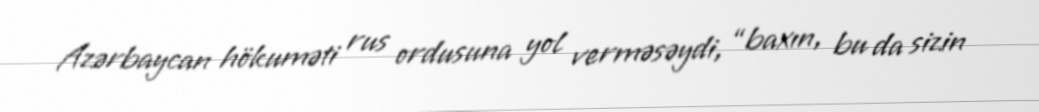
Azərbaycan hökuməti rus ordusuna yol verməsəydi, “baxın, bu da sizin